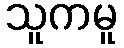
သူကမူ